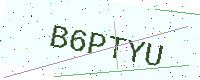
Text: B6PTYU